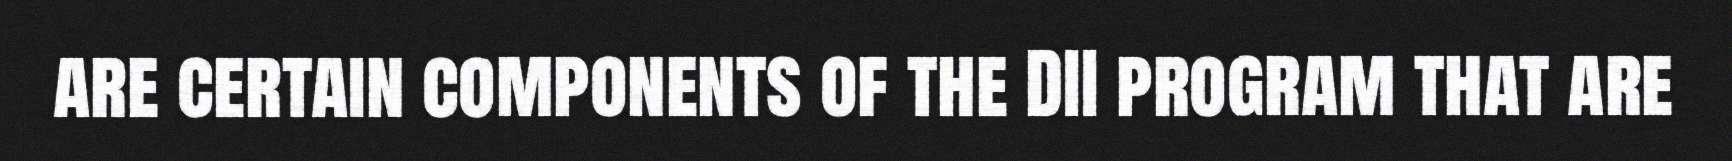
are certain components of the DII program that are